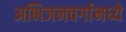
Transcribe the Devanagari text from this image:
अभिजनवर्गामध्ये